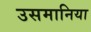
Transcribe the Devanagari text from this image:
उसमानिया